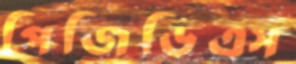
পিজিডিএস